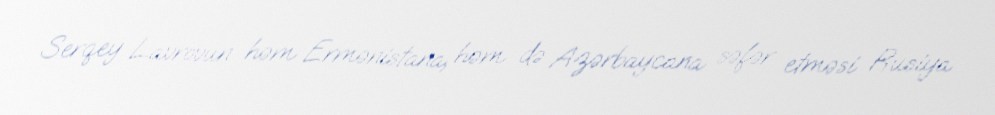
Serqey Lavrovun həm Ermənistana, həm də Azərbaycana səfər etməsi Rusiya